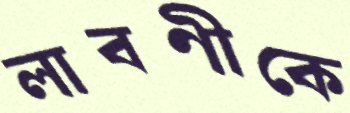
লাবণীকে